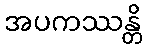
အပကဿန္တိ